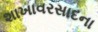
શાખાવરસાદના